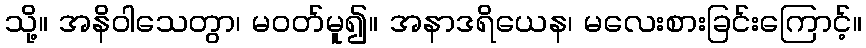
သို့။ အနိဝါသေတွာ၊ မဝတ်မူ၍။ အနာဒရိယေန၊ မလေးစားခြင်းကြောင့်။